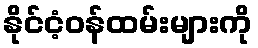
နိုင်ငံ့ဝန်ထမ်းများကို